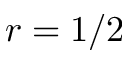
r = 1 / 2